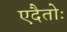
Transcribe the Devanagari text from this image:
एदैतोः